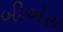
બીએસ